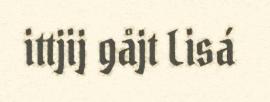
ittjij gåjt Lisá